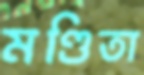
মণ্ডিতা